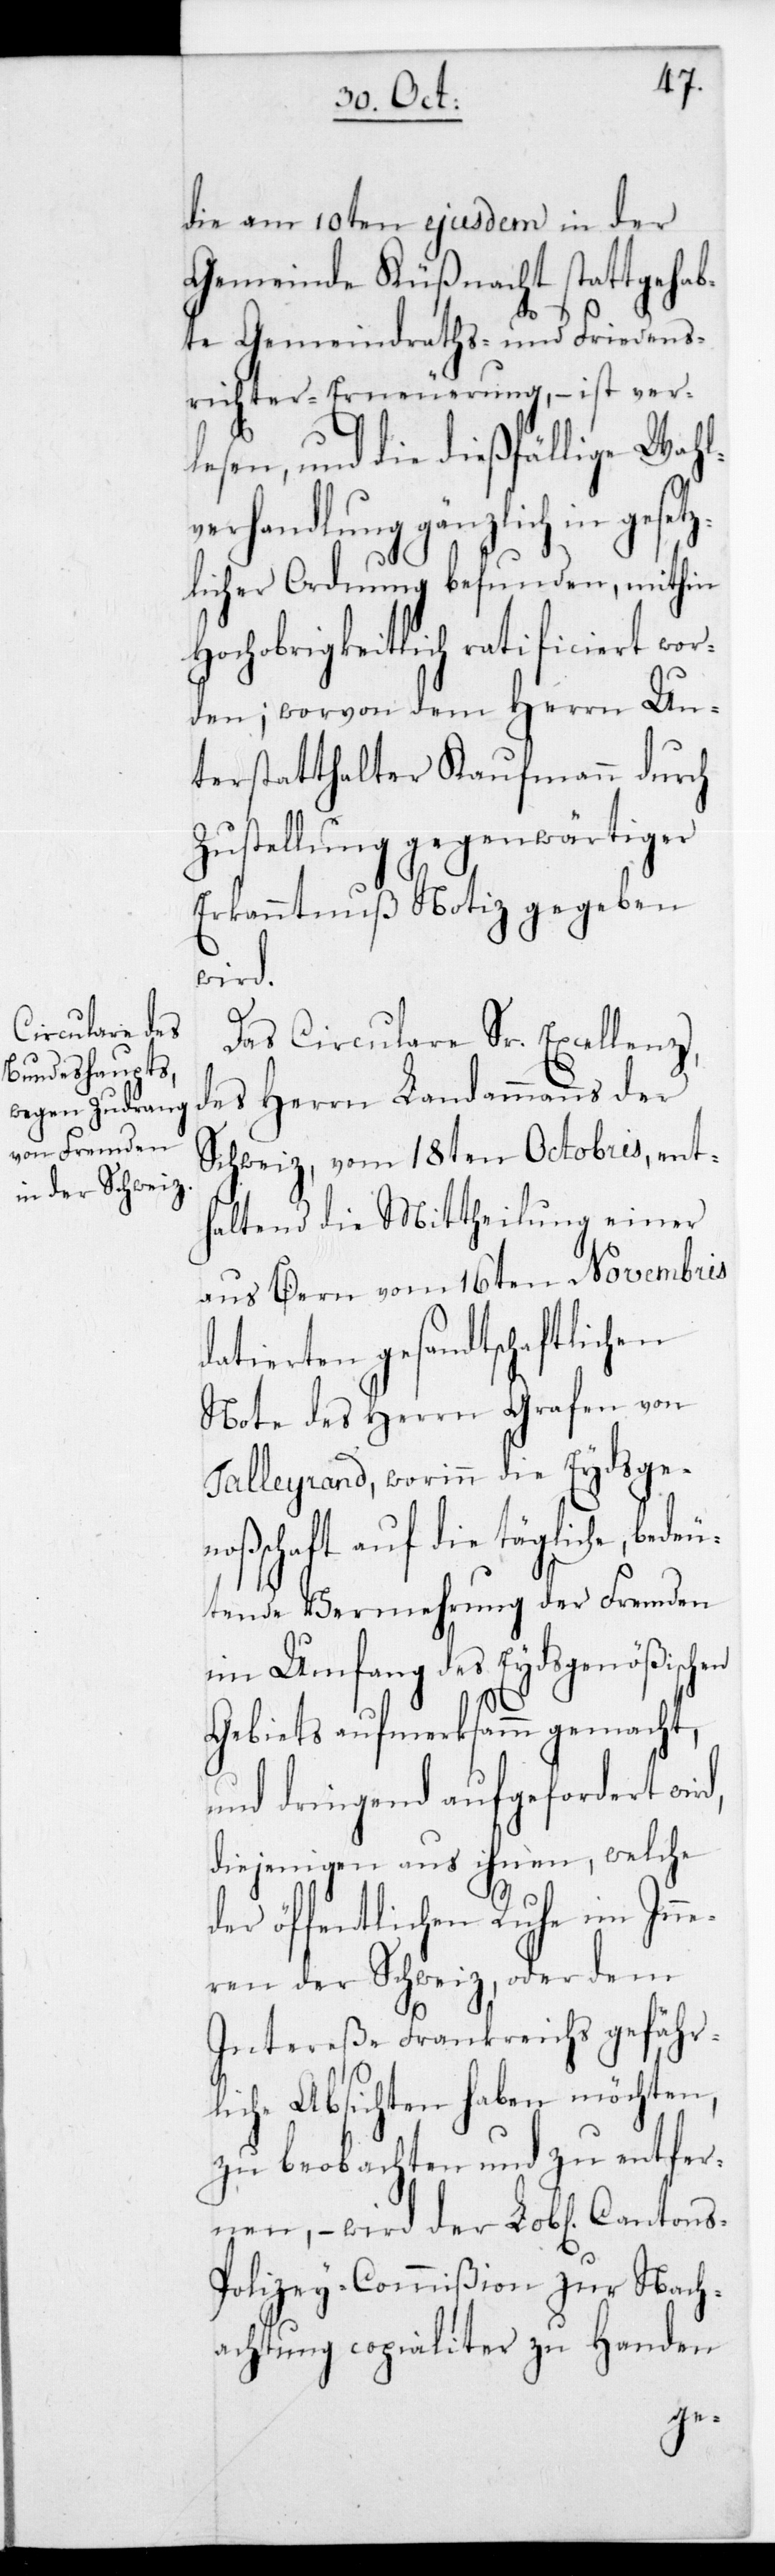
die am 10ten ejusdem in der
Gemeinde Küßnacht stattgehab¬
te Gemeindraths- und Friedens¬
richter-Erneuerung, – ist ver¬
lesen, und die dießfällige Wahl¬
verhandlung gänzlich in geset¬
zlicher Ordnung befunden, mithin
Hochobrigkeitlich ratificiert wor¬
den; worvon dem Herrn Un¬
terstatthalter Kaufmann durch
Zustellung gegenwärtiger
Erkanntnuß Notiz gegeben
wird,
Das Circulare Sr. Excellenz
des Herrn Landammanns der
Schweiz vom 18ten Octobris, ent¬
haltend die Mittheilung einer
aus Bern vom 16ten Novembris
tierten gesandtschaftlichen
Note des Herrn Grafen von
Talleyrand, worinn die Eydsgeno¬
ßenschaft auf die tägliche, bedeu¬
tende Vermehrung der Fremden
im Umfang des Eydsgenößischen
Gebiets aufmerksamm gemacht,
und dringend aufgeforderet
diejenigen aus ihnen, welche
der öffentlichen Ruhe im Inne¬
ren der Schweiz, oder dem
Intereße Frankreichs gefähr¬
liche Absichten haben möchten,
zu beobachten und zu entfer¬
nen, – wird der Lobl. Cantons-P¬
olizey-Commißion zur Nach¬
achtung copialiter zu Handen
da¬